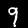
Label: 9